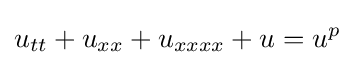
u_{tt}+u_{xx}+u_{xxxx}+u=u^{p}